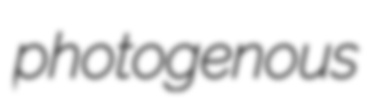
photogenous